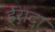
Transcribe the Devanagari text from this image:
ईरादा